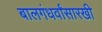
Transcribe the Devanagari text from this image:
बालगंधर्वांसारखी